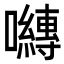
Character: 𭌯